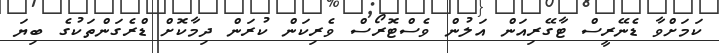
ކަމަށްވާ ޑެނޭރީސް ޓާގޭރިއަން އަލުން ވެސްޓޮރޯސް ވެރިކަން ކުރަން ދިމާކޮށް ޑްރެގަންތަކުގެ ބިޔަ